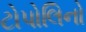
ટોપોલિનો